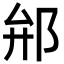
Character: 𨚕